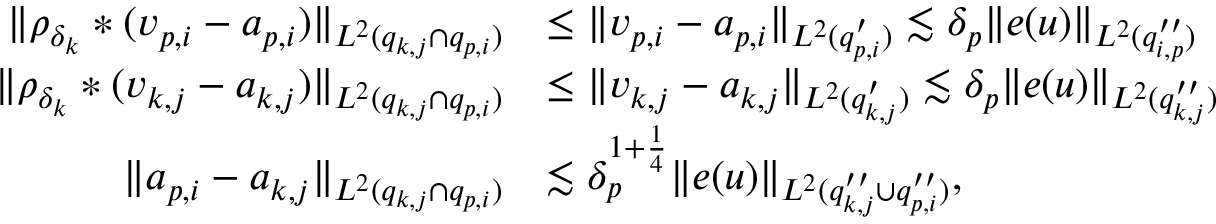
\begin{array} { r l } { \Vert \rho _ { \delta _ { k } } * ( v _ { p , i } - a _ { p , i } ) \Vert _ { L ^ { 2 } ( q _ { k , j } \cap q _ { p , i } ) } } & { \leq \Vert v _ { p , i } - a _ { p , i } \Vert _ { L ^ { 2 } ( q _ { p , i } ^ { \prime } ) } \lesssim \delta _ { p } \Vert e ( u ) \Vert _ { L ^ { 2 } ( q _ { i , p } ^ { \prime \prime } ) } } \\ { \Vert \rho _ { \delta _ { k } } * ( v _ { k , j } - a _ { k , j } ) \Vert _ { L ^ { 2 } ( q _ { k , j } \cap q _ { p , i } ) } } & { \leq \Vert v _ { k , j } - a _ { k , j } \Vert _ { L ^ { 2 } ( q _ { k , j } ^ { \prime } ) } \lesssim \delta _ { p } \Vert e ( u ) \Vert _ { L ^ { 2 } ( q _ { k , j } ^ { \prime \prime } ) } } \\ { \Vert a _ { p , i } - a _ { k , j } \Vert _ { L ^ { 2 } ( q _ { k , j } \cap q _ { p , i } ) } } & { \lesssim \delta _ { p } ^ { 1 + \frac { 1 } { 4 } } \Vert e ( u ) \Vert _ { L ^ { 2 } ( q _ { k , j } ^ { \prime \prime } \cup q _ { p , i } ^ { \prime \prime } ) } , } \end{array}